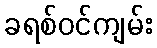
ခရစ်ဝင်ကျမ်း